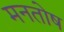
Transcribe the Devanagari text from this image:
मनतोष